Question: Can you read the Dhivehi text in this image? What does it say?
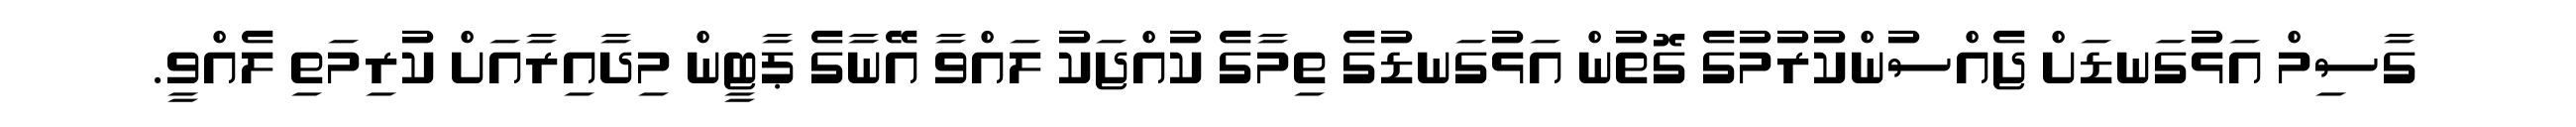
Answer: ގާސިމް އަޅުގަނޑަށް ޖެއްސުންކުރުމުގެ ގޮތުން އަޅުގަނޑުގެ ތިމާގެ ކުއްޖަކު ލައްވާ އޭނާގެ ޕާޓީން މިދާއިރާއަށް ކުރިމަތި ލެއްވީ.